Scottish Leaving Certificate Examination, 1953
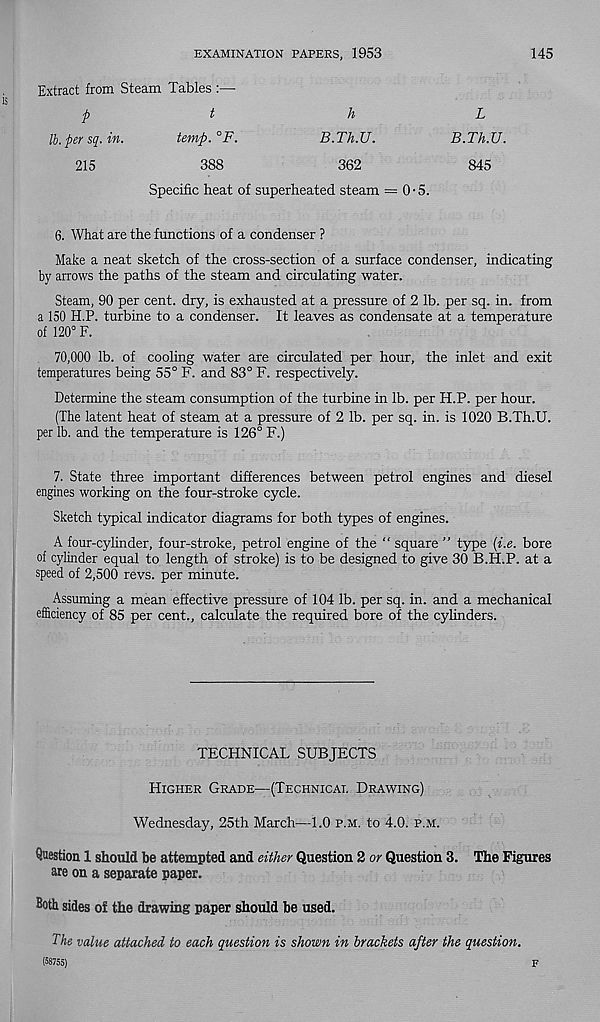
EXAMINATION PAPERS, 1953
145
Extract from Steam Tables :—
p
t
h
L
lb. per sq. in.
temp.°F.
B.Th.U.
B.Th.U.
215
388
362
845
Specific heat of superheated steam = 0-5.
6. What are the functions of a condenser ?
Make a neat sketch of the cross-section of a surface condenser, indicating
by arrows the paths of the steam and circulating water.
Steam, 90 per cent, dry, is exhausted at a pressure of 2 lb. per sq. in. from
a 150 H.P. turbine to a condenser. It leaves as condensate at a temperature
of 120° F.
70,000 lb. of cooling water are circulated per hour, the inlet and exit
temperatures being 55° F. and 83° F. respectively.
Determine the steam consumption of the turbine in lb. per H.P. per hour.
(The latent heat of steam at a pressure of 2 lb. per sq. in. is 1020 B.Th.U.
per lb. and the temperature is 126° F.)
7. State three important differences between petrol engines and diesel
engines working on the four-stroke cycle.
Sketch typical indicator diagrams for both types of engines.
A four-cylinder, four-stroke, petrol engine of the “ square ” type (i.e. bore
of cylinder equal to length of stroke) is to be designed to give 30 B.H.P. at a
speed of 2,500 revs, per minute.
Assuming a mean effective pressure of 104 lb. per sq. in. and a mechanical
efficiency of 85 per cent., calculate the required bore of the cylinders.
TECHNICAL SUBJECTS
Higher Grade—(Technical Drawing)
Wednesday, 25th March—1.0 p.m. to 4.0. p.m.
Question 1 should be attempted and either Question 2 or Question 3. The Figures
are on a separate paper.
Both sides of the drawing paper should be used.
The value attached to each question is shown in brackets after the question.
(58755)
F